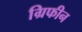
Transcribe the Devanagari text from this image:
ग्रिफीन